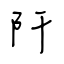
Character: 阡